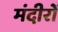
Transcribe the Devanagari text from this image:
मंदीरों